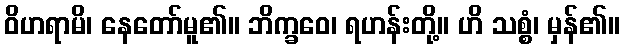
ဝိဟရာမိ၊ နေတော်မူ၏။ ဘိက္ခဝေ၊ ရဟန်းတို့။ ဟိ သစ္စံ၊ မှန်၏။